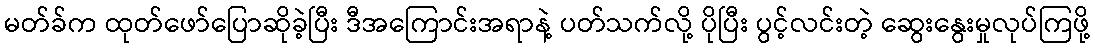
မတ်ခ်က ထုတ်ဖော်ပြောဆိုခဲ့ပြီး ဒီအကြောင်းအရာနဲ့ ပတ်သက်လို့ ပိုပြီး ပွင့်လင်းတဲ့ ဆွေးနွေးမှုလုပ်ကြဖို့